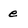
Character: e